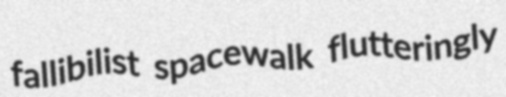
fallibilist spacewalk flutteringly